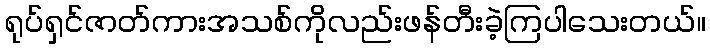
ရုပ်ရှင်ဇာတ်ကားအသစ်ကိုလည်းဖန်တီးခဲ့ကြပါသေးတယ်။